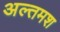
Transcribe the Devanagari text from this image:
अल्‍तमश